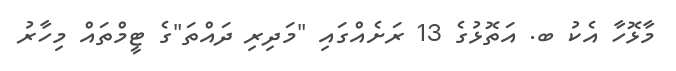
މާޅޮހާ އެކު ބ. އަތޮޅުގެ 13 ރަށެއްގައި "މަދިރި ދައްތަ"ގެ ޓީމްތައް މިހާރު